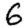
Digit: 6